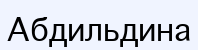
Абдильдина